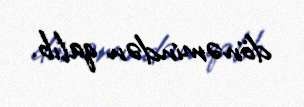
dönəmindən qalıb.